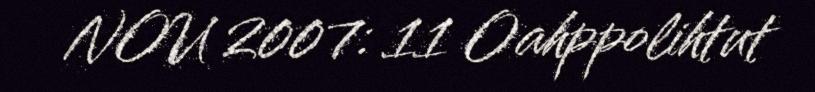
NOU 2007: 11 Oahppolihtut